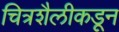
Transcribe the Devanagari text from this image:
चित्रशैलीकडून